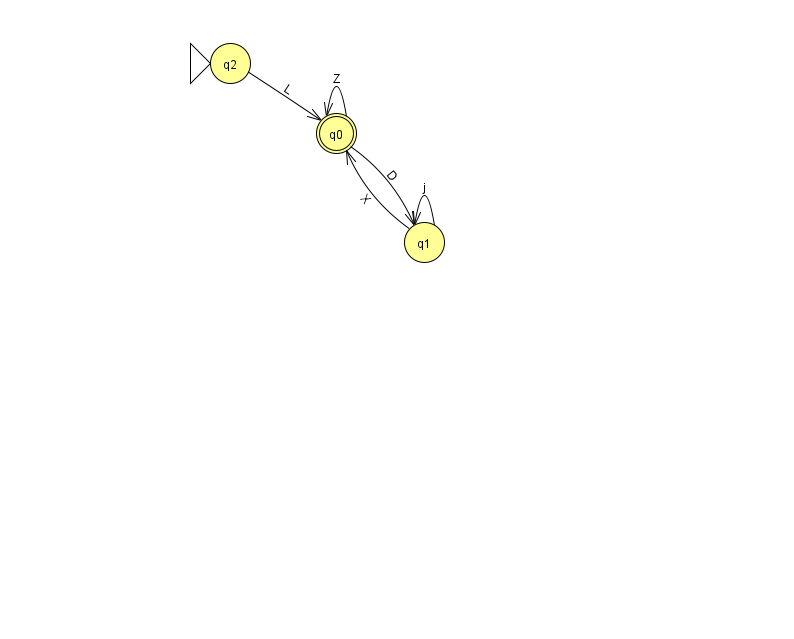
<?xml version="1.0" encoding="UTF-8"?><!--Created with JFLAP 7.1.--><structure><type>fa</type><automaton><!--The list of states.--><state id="0" name="q0"><x>336.0</x><y>120.0</y><final/></state><state id="1" name="q1"><x>424.0</x><y>229.0</y></state><state id="2" name="q2"><x>230.0</x><y>50.0</y><initial/></state><!--The list of transitions.--><transition><from>0</from><to>1</to><read>D</read></transition><transition><from>0</from><to>0</to><read>Z</read></transition><transition><from>1</from><to>0</to><read>X</read></transition><transition><from>1</from><to>1</to><read>j</read></transition><transition><from>2</from><to>0</to><read>L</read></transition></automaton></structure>